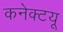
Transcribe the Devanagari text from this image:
कनेक्टयू